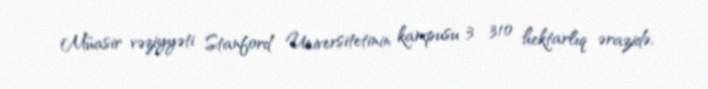
Müasir vəziyyəti Stanford Universitetinin kampusu 3 310 hektarlıq ərazidə,